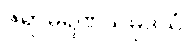
ဇရာမရဏသမုဒယံ